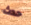
حدث